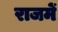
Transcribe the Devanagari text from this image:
राजमें